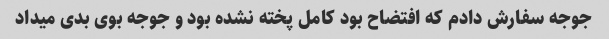
جوجه سفارش دادم که افتضاح بود کامل پخته نشده بود و جوجه بوى بدى میداد